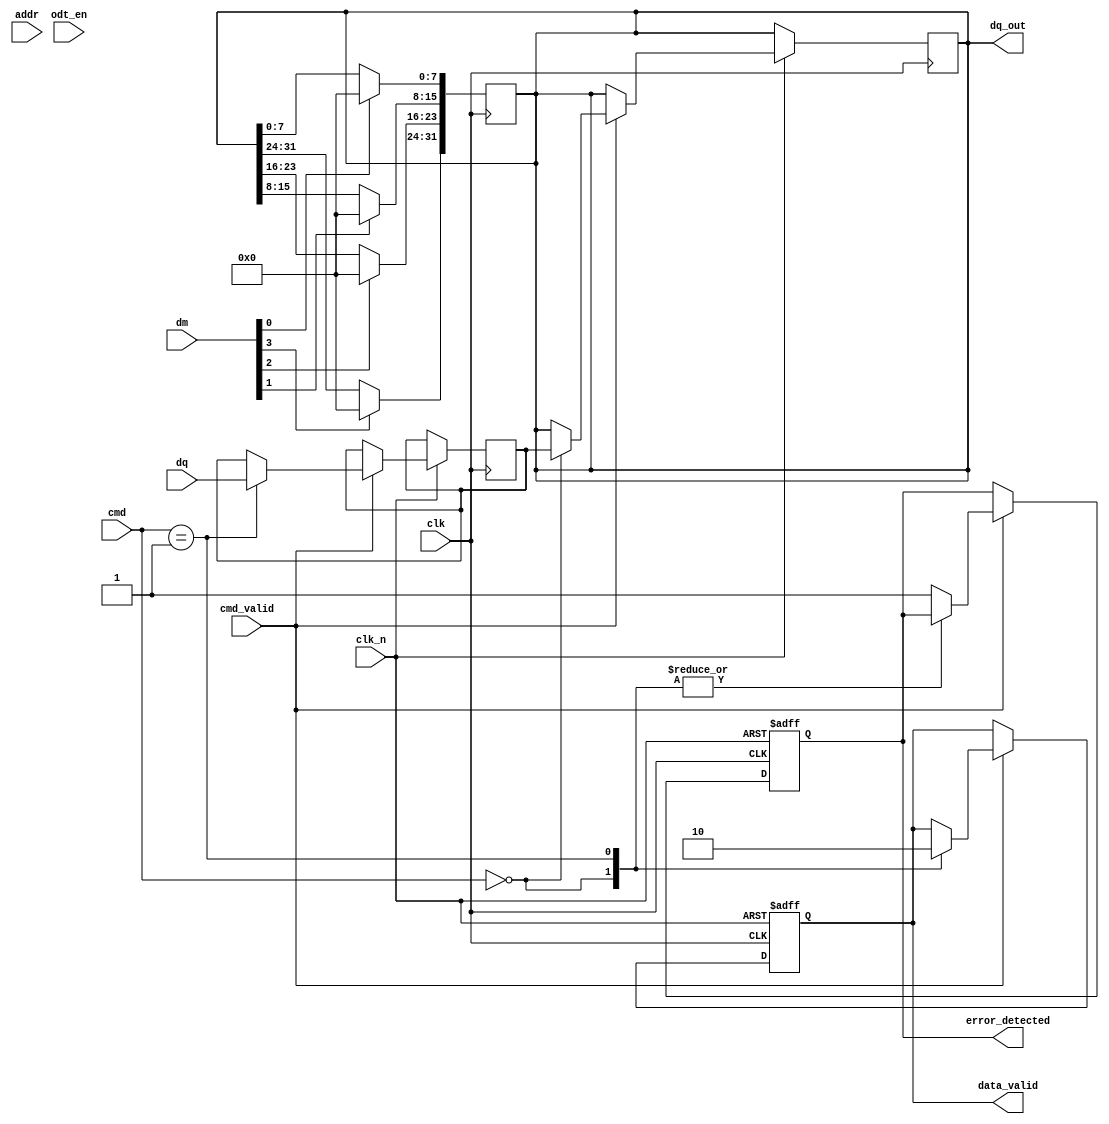
module lpddr4_io_block (
    input wire clk,               // Clock input
    input wire clk_n,             // Inverted clock input (differential signaling)
    input wire [31:0] dq,         // Data lines (DQ)
    input wire [3:0] dm,          // Data mask lines (DM)
    input wire [15:0] addr,       // Address lines (A)
    input wire cmd_valid,         // Command valid signal
    input wire [2:0] cmd,         // Command lines (e.g., read, write)
    input wire odt_en,            // On-die termination enable
    output reg [31:0] dq_out,     // Data output
    output reg data_valid,        // Data valid signal
    output reg error_detected     // Error detection signal
);

    // Internal signals
    reg [31:0] data_buffer;       // Buffer to hold data during operations
    reg [15:0] address_buffer;     // Buffer for address
    reg [2:0] command_buffer;      // Buffer for command
    reg odt_active;                // ODT active flag

    // Timing control logic
    always @(posedge clk or negedge clk_n) begin
        if (!clk_n) begin
            // Reset logic
            data_valid <= 0;
            error_detected <= 0;
            odt_active <= 0;
        end else begin
            // Command processing
            if (cmd_valid) begin
                command_buffer <= cmd;
                address_buffer <= addr;

                // Handle commands
                case (cmd)
                    3'b000: begin // Read command
                        // Simulate read operation
                        dq_out <= data_buffer; // Output data from buffer
                        data_valid <= 1; // Indicate data is valid
                    end
                    3'b001: begin // Write command
                        // Simulate write operation
                        data_buffer <= dq; // Capture incoming data
                        data_valid <= 0; // Data valid will be asserted on read
                    end
                    default: begin
                        error_detected <= 1; // Unknown command
                    end
                endcase
            end

            // Handle ODT
            if (odt_en) begin
                odt_active <= 1; // Enable ODT
            end else begin
                odt_active <= 0; // Disable ODT
            end
        end
    end

    // Data mask handling (DM)
    always @(posedge clk) begin
        if (dm[0]) dq_out[7:0] <= 8'b0; // Mask lower byte
        if (dm[1]) dq_out[15:8] <= 8'b0; // Mask middle byte
        if (dm[2]) dq_out[23:16] <= 8'b0; // Mask upper byte
        if (dm[3]) dq_out[31:24] <= 8'b0; // Mask highest byte
    end

    // Additional features like calibration, burst mode, and power management
    // would be added here based on specific requirements.

endmodule